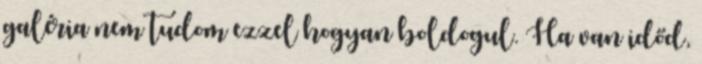
galéria nem tudom ezzel hogyan boldogul. Ha van időd,